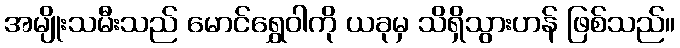
အမျိုးသမီးသည် မောင်ရွှေဝါကို ယခုမှ သိရှိသွားဟန် ဖြစ်သည်။